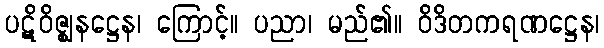
ပဋိဝိဇ္ဈနဋ္ဌေန၊ ကြောင့်။ ပညာ၊ မည်၏။ ဝိဒိတကရဏဋ္ဌေန၊